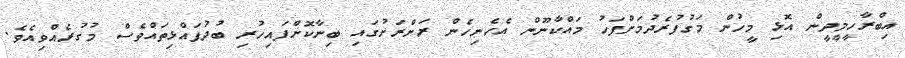
އިބްރާހީމީދީން އޮޅި މީހުން މަގުފުރެދުމަށްފަހު މައްކާނޫން އެހެނިހެން ރަށްރަށުގައި ބިނާކޮށްފައިހުރި ބުދުފައްޅިތައްވެސް މުގުރެއްވިއެވެ.